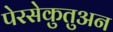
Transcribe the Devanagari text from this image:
पेरसेकुतुअन